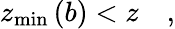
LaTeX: z_{\operatorname*{min}}\left(b\right)<z\quad,